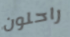
راحلون